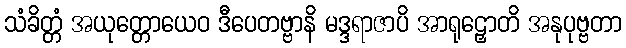
သံခိတ္တံ အယုတ္တောယေဝ ဒီပေတဗ္ဗာနိ မဒ္ဒရာဇာပိ အာရုဠှောတိ အနုပုဗ္ဗတာ